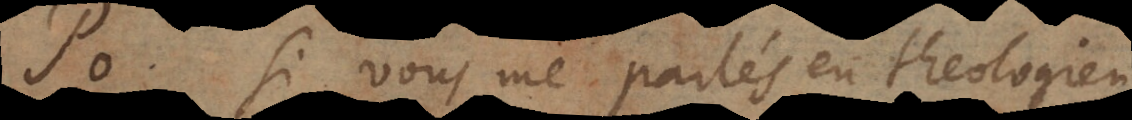
P. Si vous me parlés en theologien